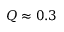
Q \approx 0 . 3